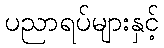
ပညာရပ်များနှင့်